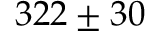
3 2 2 \pm 3 0